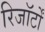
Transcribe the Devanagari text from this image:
रिजॉर्टों